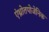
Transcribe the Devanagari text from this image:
एंथ्रोतपोजेनिक